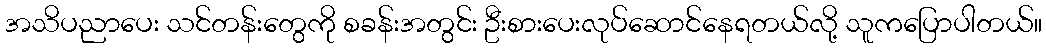
အသိပညာပေး သင်တန်းတွေကို စခန်းအတွင်း ဦးစားပေးလုပ်ဆောင်နေရတယ်လို့ သူကပြောပါတယ်။